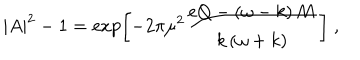
LaTeX: | A | ^ { 2 } - 1 = \exp \left[ - 2 \pi \mu ^ { 2 } \frac { e Q - \left( \omega - k \right) M } { k \left( \omega + k \right) } \right] \; ,